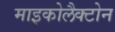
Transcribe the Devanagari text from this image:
माइकोलैक्टोन